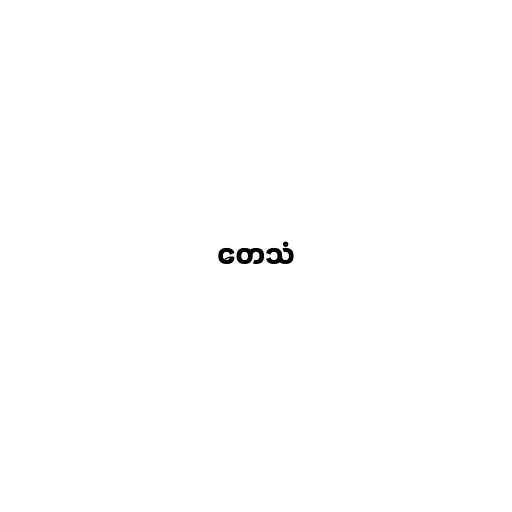
တေသံ